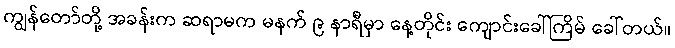
ကျွန်တော်တို့ အခန်းက ဆရာမက မနက် ၉ နာရီမှာ နေ့တိုင်း ကျောင်းခေါ်ကြိမ် ခေါ်တယ်။